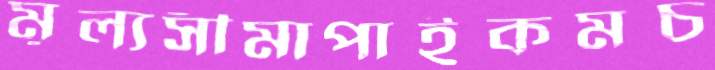
মূল্যসীমাপাইকমচ